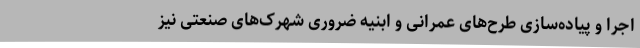
اجرا و پیاده‌سازی طرح‌های عمرانی و ابنیه ضروری شهرک‌های صنعتی نیز